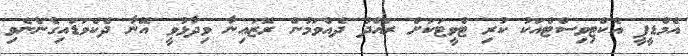
އެމްޑީޕީ އެކްޓިވިސްޓްއަކު ކުރި ޓްވީޓަކަށް ރައްދު ދެއްވަމުން ރޮޒައިނާ ވިދާޅުވީ އޭނާ ދެކެވަޑައިގެންނެވި